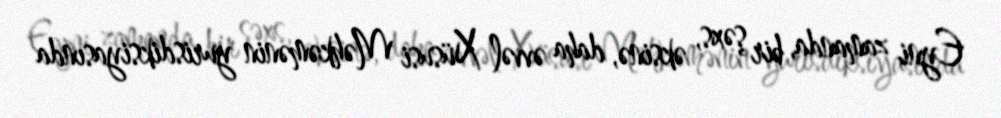
Eyni zamanda, bir şəxs, əksinə, daha əvvəl Xüsusi Məhkəmənin yurisdiksiyasında